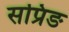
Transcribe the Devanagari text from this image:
सप्रिङ